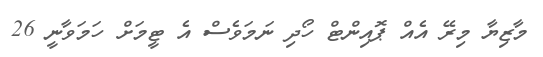
މާޒިޔާ މިރޭ އެއް ޕޮއިންޓް ހޯދި ނަމަވެސް އެ ޓީމަށް ހަމަވާނީ 26